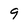
Character: 9